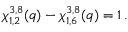
\chi _ { 1 , 2 } ^ { 3 , 8 } ( q ) - \chi _ { 1 , 6 } ^ { 3 , 8 } ( q ) = 1 \, .